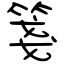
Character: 箋